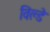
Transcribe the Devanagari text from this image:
विल्डे